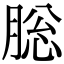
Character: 䶼